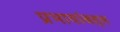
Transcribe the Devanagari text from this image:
प्रभावांबद्दल